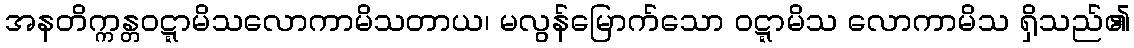
အနတိက္ကန္တဝဋ္ဋာမိသလောကာမိသတာယ၊ မလွန်မြောက်သော ဝဋ္ဋာမိသ လောကာမိသ ရှိသည်၏